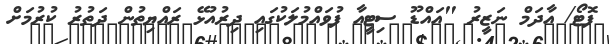
ފޮޓޯ/ އާދަމް ނަޒީރު "އައްޑޫ ސިޓީއާ ފުވައްމުލަކުގައި ދިިރުއުޅޭ ރައްޔިތުން ދަތުރު ކުރުމަށް